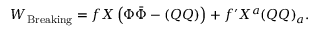
W _ { \mathrm { B r e a k i n g } } = f X \left( \Phi \bar { \Phi } - ( Q Q ) \right) + f ^ { \prime } X ^ { a } ( Q Q ) _ { a } .